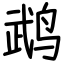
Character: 鹉